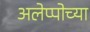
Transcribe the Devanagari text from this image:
अलेप्पोच्या